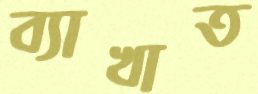
ব্যাখাত